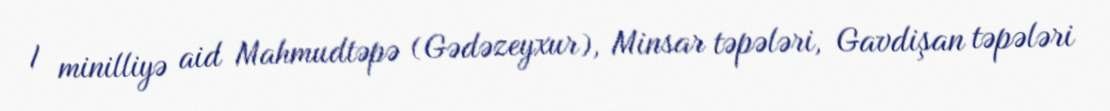
I minilliyə aid Mahmudtəpə (Gədəzeyxur), Minsar təpələri, Gavdişan təpələri